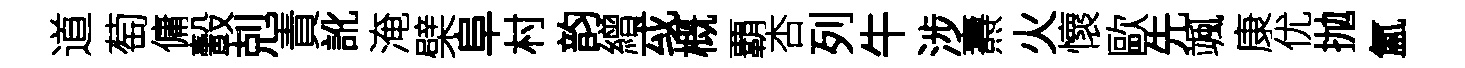
道萄傭轂剋責訛淹檗阜村韵繒㦯概覇杏列牛涉燾火懷歐先颯康优抛氳